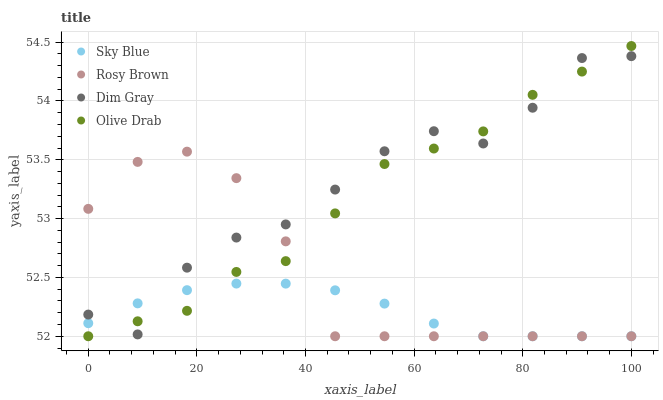
| xaxis_label | Sky Blue | Rosy Brown | Dim Gray | Olive Drab |
 | --- | --- | --- | --- | --- |
 | 0 | 52.1 | 53.1 | 52.2 | 52 |
 | 9.09 | 52.3 | 53.5 | 52 | 52.1 |
 | 18.2 | 52.4 | 53.6 | 52.6 | 52.2 |
 | 27.3 | 52.4 | 53.3 | 52.8 | 52.5 |
 | 36.4 | 52.4 | 52.8 | 53 | 52.6 |
 | 45.5 | 52.4 | 52 | 53.2 | 53 |
 | 54.5 | 52.3 | 52 | 53.6 | 53.5 |
 | 63.6 | 52.1 | 52 | 53.7 | 53.6 |
 | 72.7 | 52 | 52 | 53.6 | 53.7 |
 | 81.8 | 52 | 52 | 53.9 | 54.1 |
 | 90.9 | 52 | 52 | 54.4 | 54.2 |
 | 100 | 52 | 52 | 54.4 | 54.5 |